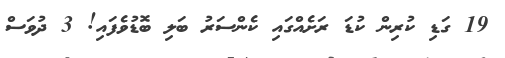
19 ގަޑި ކުރިން ކުޑަ ރަށެއްގައި ކެންސަރު ބަލި ބޮޑުވެފައި! 3 ދުވަސް